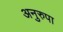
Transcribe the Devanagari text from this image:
अनुरुपा